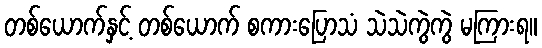
တစ်ယောက်နှင့် တစ်ယောက် စကားပြောသံ သဲသဲကွဲကွဲ မကြားရ။